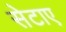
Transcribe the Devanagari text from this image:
सेटाए